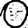
Digit: 0